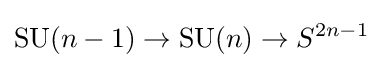
\mathrm {SU} (n-1)\to \mathrm {SU} (n)\to S^{2n-1}